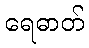
ရေဓာတ်